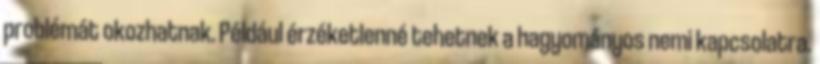
problémát okozhatnak. Például érzéketlenné tehetnek a hagyományos nemi kapcsolatra.